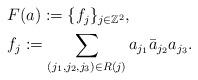
LaTeX: \begin{align*}\begin{aligned}&F(a):=\{f_{j}\}_{j\in \mathbb{Z}^{2}},\\&f_{j}:=\sum_{(j_1,j_2,j_3)\in R(j)} a_{j_{1}}\bar{a}_{j_{2}}a_{j_{3}}.\end{aligned}\end{align*}